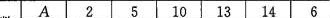
A 2 5 10 13 14 6